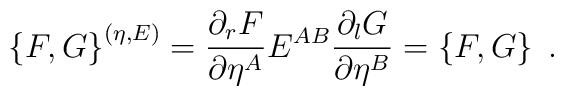
\left\{F,G\right\}^{(\eta,E)}=\frac{\partial_r F}{\partial \eta^A}E^{AB}\frac{\partial_l G}{\partial \eta^B }=\left\{F,G\right\}\;.